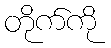
တိုက်ကို